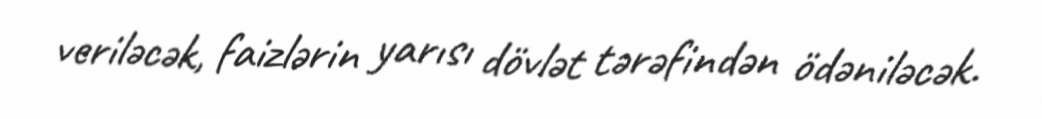
veriləcək, faizlərin yarısı dövlət tərəfindən ödəniləcək.